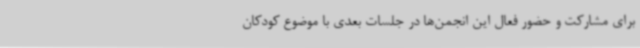
برای مشارکت و حضور فعال این انجمن‌ها در جلسات بعدی با موضوع کودکان